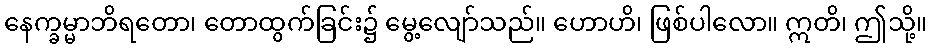
နေက္ခမ္မာဘိရတော၊ တောထွက်ခြင်း၌ မွေ့လျော်သည်။ ဟောဟိ၊ ဖြစ်ပါလော။ ဣတိ၊ ဤသို့။